59_64634_711.5612[7-2852
Agency: Department of State
Incident date: 7/18/52
Page 4
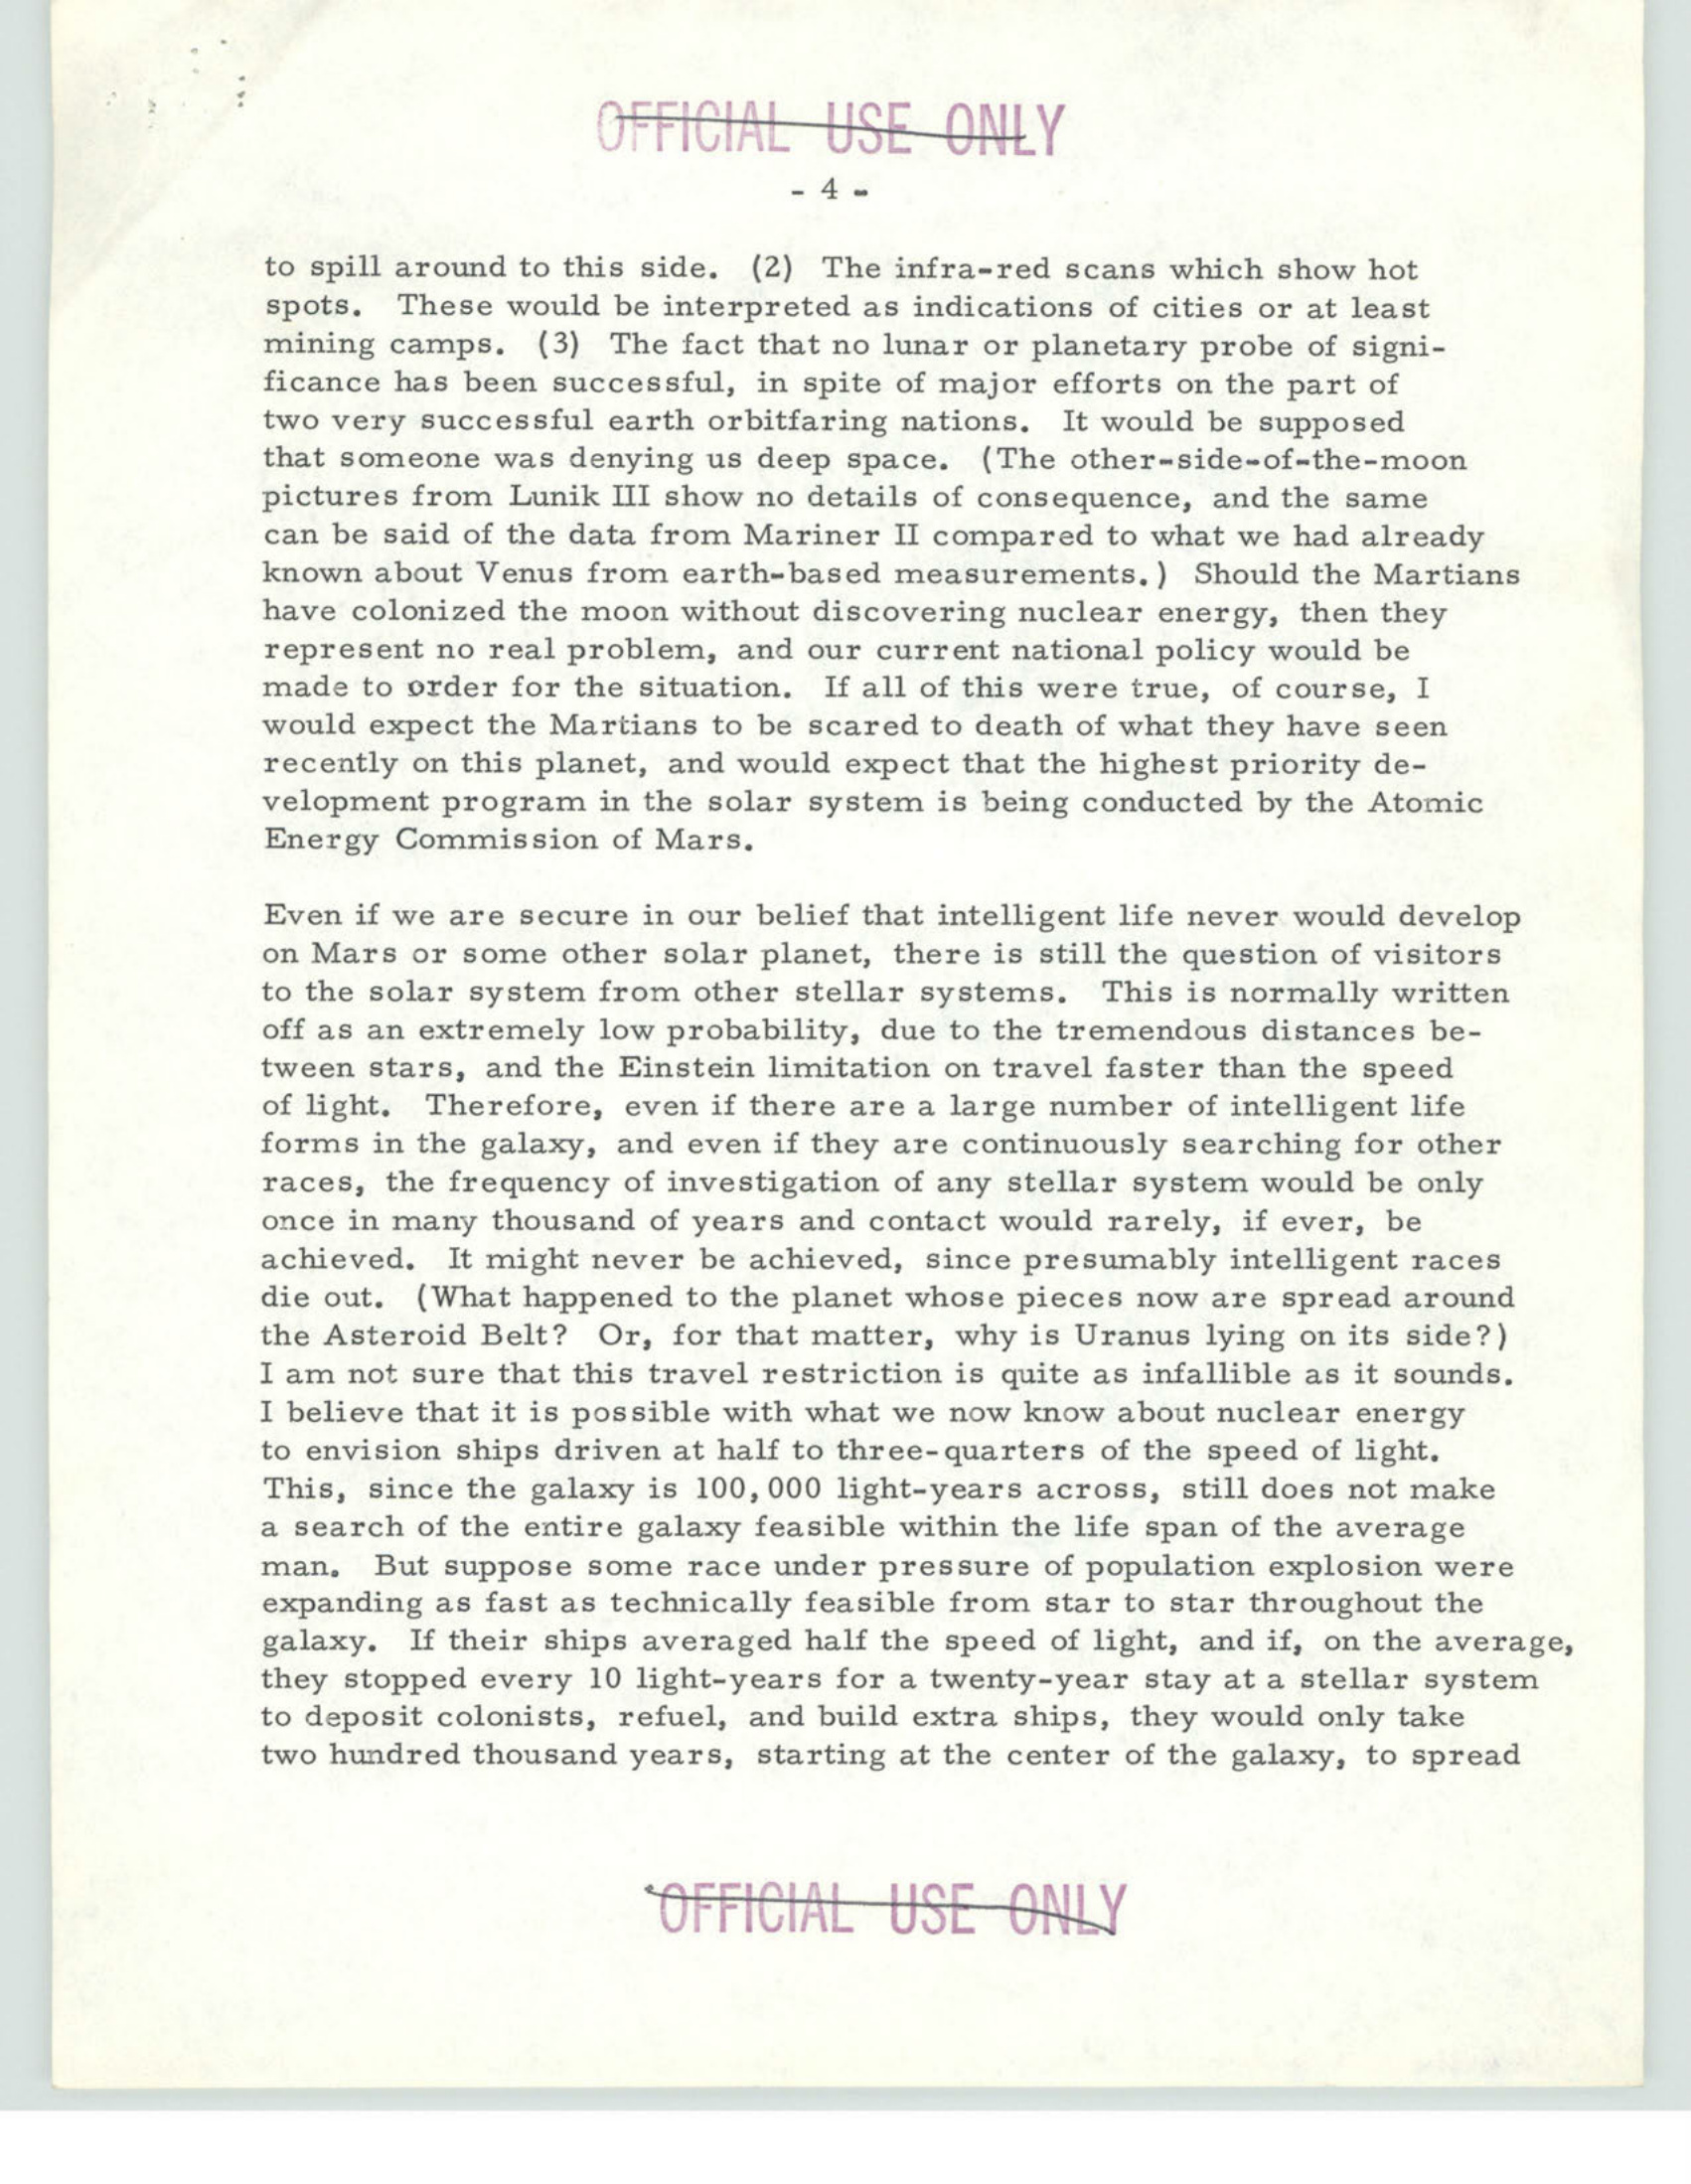